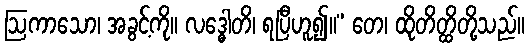
ဩကာသော၊ အခွင့်ကို။ လဒ္ဓေါတိ၊ ရပြီဟူ၍။” တေ၊ ထိုတိတ္ထိတို့သည်။